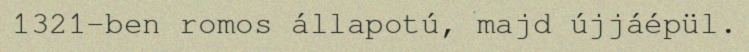
1321-ben romos állapotú, majd újjáépül.